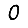
Digit: 0